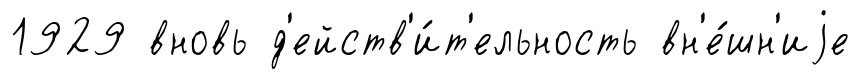
1929 вновь д'ейств'и́т'ельность вн'е́шн'иjе